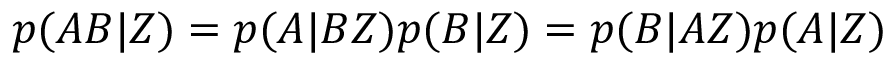
p ( A B | Z ) = p ( A | B Z ) p ( B | Z ) = p ( B | A Z ) p ( A | Z )